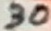
Text: 30